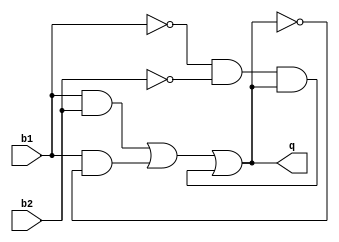
`timescale 1ns/1ns

module flipflop (input b1, b2, output reg q);
    initial begin
        q = 0;
    end

    always @(b1 or b2) begin
        q = (b1 & b2) | (b1 & ~q) | (~b1 & ~b2 & q);
    end

endmodule

module tb;

    reg a, b;
    wire c;

    flipflop f1(a, b, c);
    flipflop f2(a, b, c);

    initial begin
        a = 1;
        b = 1;

        $monitor("a = %b, b= %b, c = %b", a, b, c);

        #5;
        a=1; b=0;
        #5;
        a =0; b = 1;
        #5;
        a = 0; b = 0;
        #5;
    end

endmodule